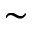
\sim